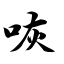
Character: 咴